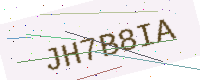
Text: JH7B8IA